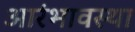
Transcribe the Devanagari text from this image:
आरंभावस्था